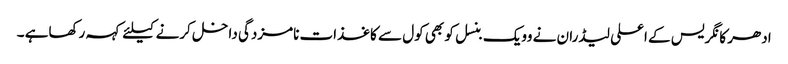
ادھر کانگریس کے اعلی لیڈران نے وویک بنسل کو بھی کول سے کاغذات نامزدگی داخل کرنے کیلئے کہہ رکھاہے ۔